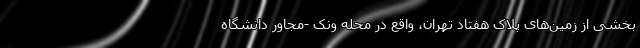
بخشی از زمین‌های پلاک هفتاد تهران، واقع در محله ونک -مجاور دانشگاه